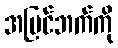
အပြင်ဘက်ကို